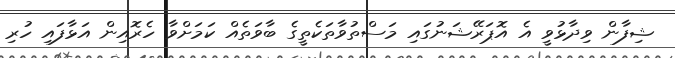
ޝިފާން ވިދާޅުވީ އެ އޮޕަރޭޝަނުގައި މަސްތުވާތަކެތީގެ ބާވަތެއް ކަމަށްވާ ހެރޮއިން އަޅާފައި ހުރި